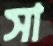
সা